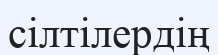
сілтілердің